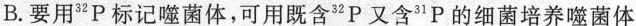
B.要用^{32}P标记噬菌体，可用既含^{32}P又含^{31}P的细菌培养噬菌体